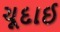
ચૂદાઈ